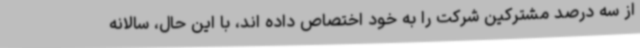
از سه درصد مشترکین شرکت را به خود اختصاص داده اند، با این حال، سالانه